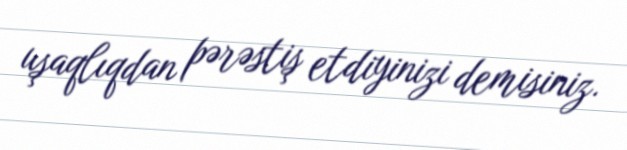
uşaqlıqdan pərəstiş etdiyinizi demisiniz.